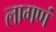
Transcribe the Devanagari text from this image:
लागणं